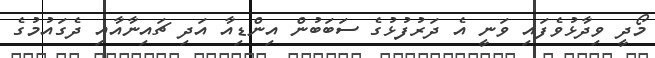
މޯދީ ވިދާޅުވެފައި ވަނީ އެ ދަރުފުޅުގެ ސަބަބުން އިންޑިއާ އަދި ޗައިނާއާއި ދެގައުމުގެ